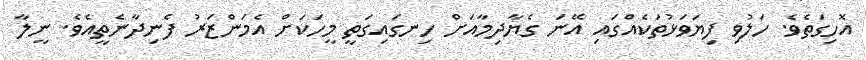
އޮހިގަތެވެ. ހަލުވި ފިޔަވަޅުތަކެއްގައި އޭނަ ގެޔާދިމާއަށް ހިނގައިގަތީ މީހަކަށް އެމަންޒަރު ފެނިދާނެތީއެވެ. ނީލާ